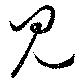
見